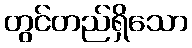
တွင်တည်ရှိသော